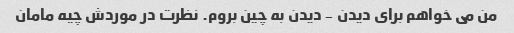
من می خواهم برای دیدن - دیدن به چین بروم. نظرت در موردش چیه مامان